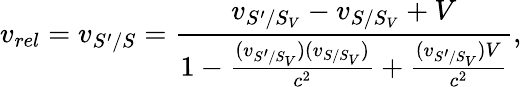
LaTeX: v_{rel}=v_{S^{\prime}/S}=\frac{v_{S^{\prime}/S_{V}}-v_{S/S_{V}}+V}{1-\frac{(v_{S^{\prime}/S_{V}})(v_{S/S_{V}})}{c^{2}}+\frac{(v_{S^{\prime}/S_{V}})V}{c^{2}}},